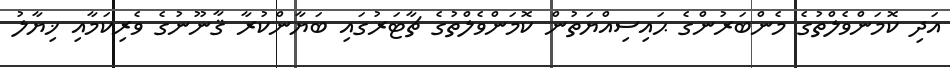
އަދި ކޮމަންވެލްތުގެ މެންބަރުންގެ ޙައިސިއްޔަތުން ކޮމަންވެލްތުގެ ޗާޓަރުގައި ބަޔާންކުރާ ޤާނޫނުގެ ވެރިކަމާއި ޚިޔާލު